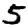
Digit: 5